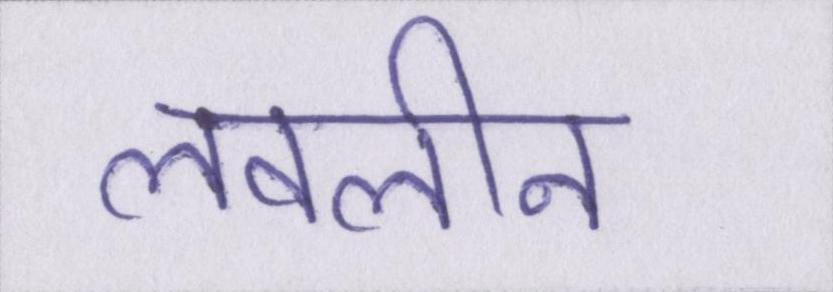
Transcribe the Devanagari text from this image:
लवलीन